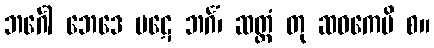
ဘင်္ဂေါ ဘေဒေ ပဋေ ဘင်္ဂံ၊ ဆတ္တံ တု ဆဝကေပိ စ။